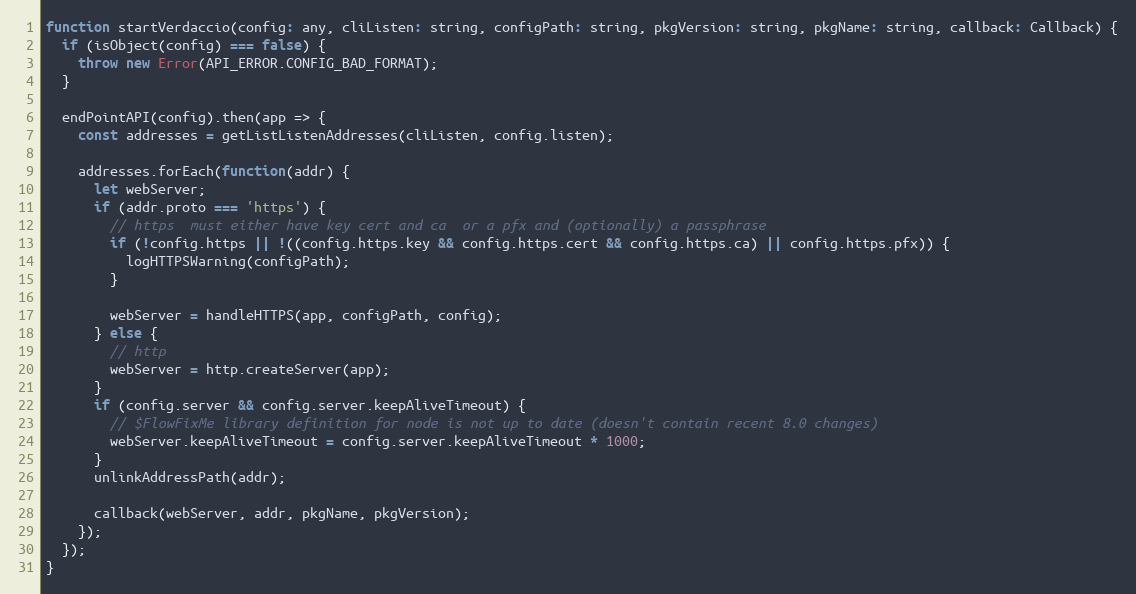
Language: JavaScript
function startVerdaccio(config: any, cliListen: string, configPath: string, pkgVersion: string, pkgName: string, callback: Callback) {
  if (isObject(config) === false) {
    throw new Error(API_ERROR.CONFIG_BAD_FORMAT);
  }

  endPointAPI(config).then(app => {
    const addresses = getListListenAddresses(cliListen, config.listen);

    addresses.forEach(function(addr) {
      let webServer;
      if (addr.proto === 'https') {
        // https  must either have key cert and ca  or a pfx and (optionally) a passphrase
        if (!config.https || !((config.https.key && config.https.cert && config.https.ca) || config.https.pfx)) {
          logHTTPSWarning(configPath);
        }

        webServer = handleHTTPS(app, configPath, config);
      } else {
        // http
        webServer = http.createServer(app);
      }
      if (config.server && config.server.keepAliveTimeout) {
        // $FlowFixMe library definition for node is not up to date (doesn't contain recent 8.0 changes)
        webServer.keepAliveTimeout = config.server.keepAliveTimeout * 1000;
      }
      unlinkAddressPath(addr);

      callback(webServer, addr, pkgName, pkgVersion);
    });
  });
}